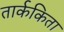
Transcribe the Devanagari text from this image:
तार्ककिता